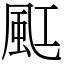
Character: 䫹